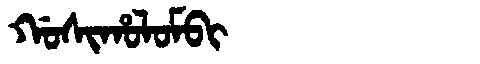
Manchu: ᡤᠣᠰᡳᡥᠣᠯᠣᠮᠪᡳ
Romanization: GOSIHOLOMBI